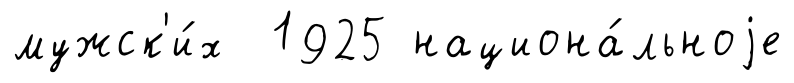
мужск'и́х 1925 национа́льноjе